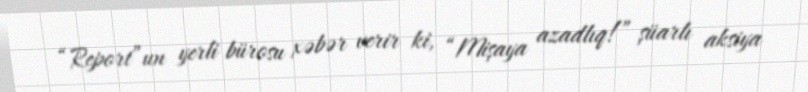
“Report”un yerli bürosu xəbər verir ki, “Mişaya azadlıq!” şüarlı aksiya